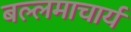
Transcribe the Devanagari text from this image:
बल्लमाचार्य